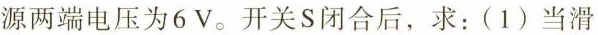
源两端电压为6V。开关S闭合后，求：(1)当滑